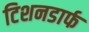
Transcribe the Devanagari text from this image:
टिशनडार्फ